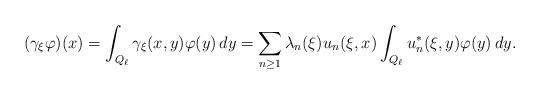
LaTeX: \begin{align*}(\gamma_{\xi}\varphi)(x)=\int_{Q_\ell}\gamma_{\xi}(x,y)\varphi(y)\,dy=\sum_{n\geq1}\lambda_n(\xi)u_n(\xi,x)\int_{Q_\ell}u_n^*(\xi,y)\varphi(y)\,dy.\end{align*}